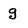
Character: g